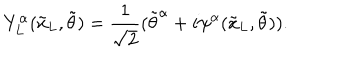
Y _ { L } ^ { \alpha } ( { \tilde { x } _ { L } } , { \tilde { \theta } } ) = \frac { 1 } { \sqrt { 2 } } ( { { \tilde { \theta } } ^ { \alpha } } + i \psi ^ { \alpha } ( { \tilde { x } _ { L } } , { \tilde { \theta } } ) ) .